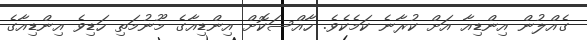
ގެއްލުން އިންޑިއާ އަށް ކުރާނެ ކަމެކެވެ. ހާއްސަކޮށް އިންޑިއާގެ މޫނުމަތި ހަޑިވެ އިންޑިއާގެ